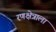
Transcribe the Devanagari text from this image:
रणक्षेत्राला